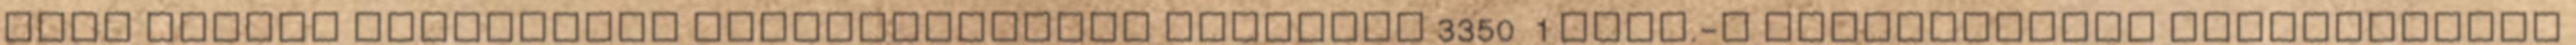
szám alatti ingatlanok értékesítésére Pályázat 3350 1 hrsz.-ú dunaújvárosi szabadstrand